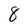
Character: 8